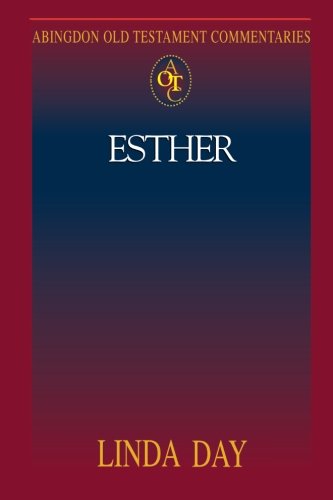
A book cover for Abingdon Old Testament Commentaries: Esther; Linda M. Day; Christian Books & Bibles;